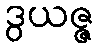
ဒွယဇ္ဇ